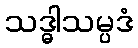
သဒ္ဓါသမ္ပဒံ